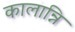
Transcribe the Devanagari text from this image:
कालान्नि